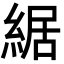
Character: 䋧